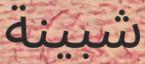
شبينة